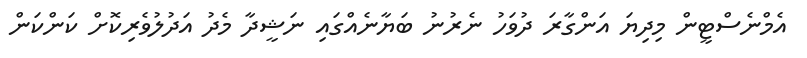
އެމްނެސްޓީން މިދިޔަ އަންގާރަ ދުވަހު ނެރުނު ބަޔާނެއްގައި ނަޝީދާ މެދު އަދުލުވެރިކޮށް ކަންކަން